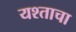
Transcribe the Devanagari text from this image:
यश्ताचा